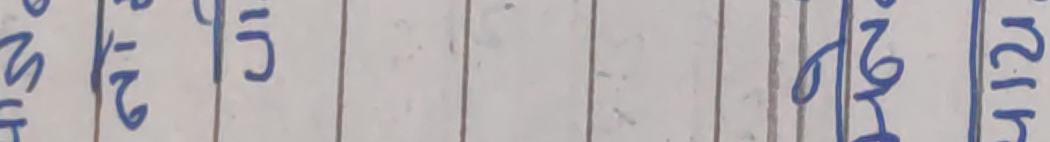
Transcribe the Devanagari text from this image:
९ ११ १३ १६ १९